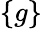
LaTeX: \{ g\}